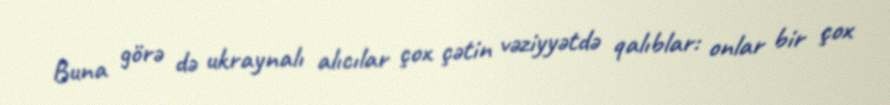
Buna görə də ukraynalı alıcılar çox çətin vəziyyətdə qalıblar: onlar bir çox